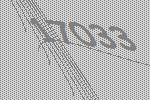
17033